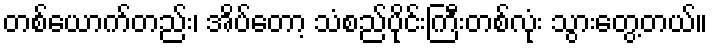
တစ်ယောက်တည်း၊ အိပ်တော့ သံစည်ပိုင်းကြီးတစ်လုံး သွားတွေ့တယ်။